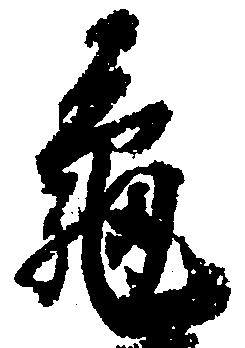
亀